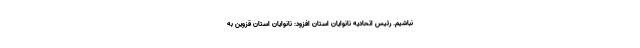
نباشیم. رئیس اتحادیه نانوایان استان افزود: نانوایان استان قزوین به